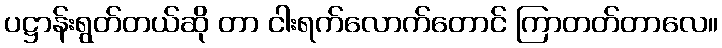
ပဋ္ဌာန်းရွတ်တယ်ဆို တာ ငါးရက်လောက်တောင် ကြာတတ်တာလေ။